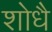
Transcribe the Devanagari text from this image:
शोधै